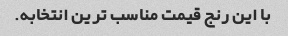
با این رنج قیمت مناسب ترین انتخابه.